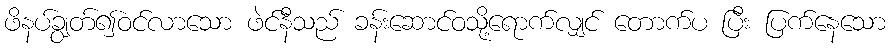
ဖိနပ်ချွတ်၍ဝင်လာသော ဖဲင်နီသည် ခန်းဆောင်ဝသို့ရောက်လျှင် တောက်ပ ပြီး ပြက်နေသော